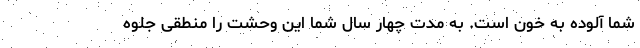
شما آلوده به خون است. به مدت چهار سال شما این وحشت را منطقی جلوه